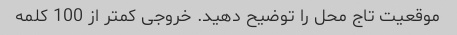
موقعیت تاج محل را توضیح دهید. خروجی کمتر از 100 کلمه